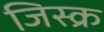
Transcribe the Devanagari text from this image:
जिस्क्र